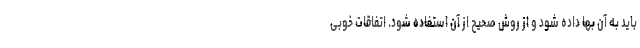
باید به آن بها داده شود و از روش صحیح از آن استفاده شود. اتفاقات خوبی